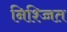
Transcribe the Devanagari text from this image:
निश्च्चित